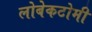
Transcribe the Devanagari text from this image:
लोबेकटोमी